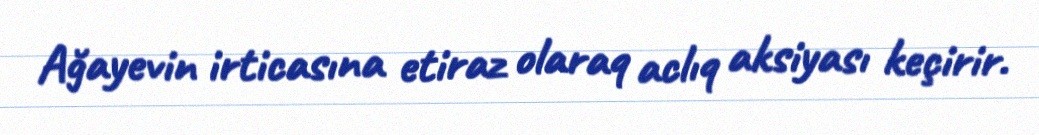
Ağayevin irticasına etiraz olaraq aclıq aksiyası keçirir.